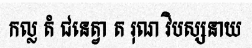
កល្ល តំ ជនេត្វា ត រុណ វិបស្សនាយ